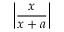
\left| { \frac { x } { x + a } } \right|